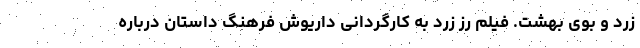
زرد و بوی بهشت. فیلم رز زرد به کارگردانی داریوش فرهنگ داستان درباره